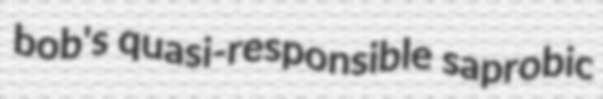
bob's quasi-responsible saprobic